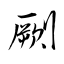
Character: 劂